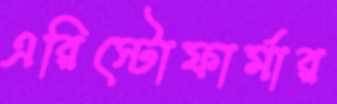
এরিস্টোফার্মার